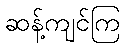
ဆန့်ကျင်ကြ